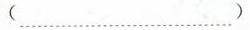
(……)